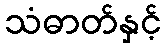
သံဓာတ်နှင့်